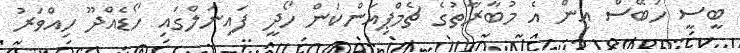
ބީސީ ހަބޭސް އިން އެ މުބާރާތުގެ ޗެމްޕިއަންކަން ހޯދީ ފައިނަލްގައި ހޯޑެއްދޫ ހިއްވަރު